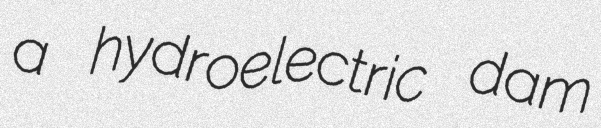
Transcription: a hydroelectric dam